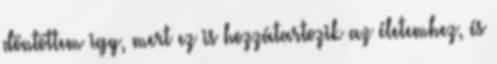
döntöttem igy, mert ez is hozzátartozik az életemhez, és